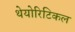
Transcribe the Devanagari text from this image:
थेयोरिटिकल